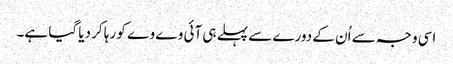
اسی وجہ سے اُن کے دورے سے پہلے ہی آئی وے وے کو رہا کر دیا گیا ہے۔